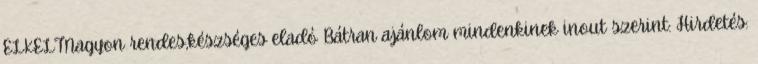
ELKELTNagyon rendes,készséges eladó Bátran ajánlom mindenkinek inout szerint: Hirdetés: